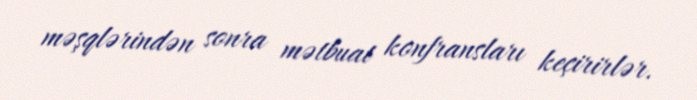
məşqlərindən sonra mətbuat konfransları keçirirlər.